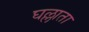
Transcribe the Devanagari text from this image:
घल्लाता